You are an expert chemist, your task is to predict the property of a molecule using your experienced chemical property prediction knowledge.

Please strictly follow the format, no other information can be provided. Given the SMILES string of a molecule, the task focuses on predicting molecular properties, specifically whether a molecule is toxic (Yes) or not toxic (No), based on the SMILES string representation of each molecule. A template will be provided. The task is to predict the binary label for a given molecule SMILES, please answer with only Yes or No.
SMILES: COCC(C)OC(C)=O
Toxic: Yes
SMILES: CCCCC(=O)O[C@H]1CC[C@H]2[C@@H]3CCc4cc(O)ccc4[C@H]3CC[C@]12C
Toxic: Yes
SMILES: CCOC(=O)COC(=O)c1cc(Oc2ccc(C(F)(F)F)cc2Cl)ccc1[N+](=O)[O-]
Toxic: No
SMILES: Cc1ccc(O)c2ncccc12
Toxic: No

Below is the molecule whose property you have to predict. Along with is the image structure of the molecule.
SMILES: COC(=O)[C@H]1[C@@H](OC(=O)c2ccccc2)C[C@@H]2CC[C@H]1N2C
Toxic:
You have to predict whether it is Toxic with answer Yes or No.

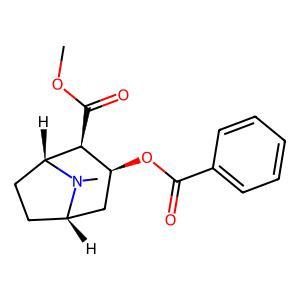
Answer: No